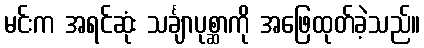
မင်းက အရင်ဆုံး သင်္ချာပုစ္ဆာကို အဖြေထုတ်ခဲ့သည်။